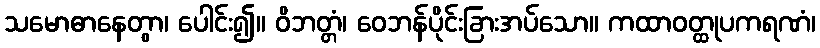
သမောဓာနေတွာ၊ ပေါင်း၍။ ဝိဘတ္တံ၊ ဝေဘန်ပိုင်းခြားအပ်သော။ ကထာဝတ္ထုပကရဏံ၊